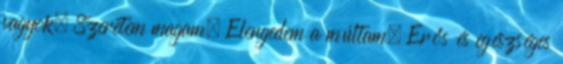
vagyok. Szeretem magam. Elengedem a múltam. Erős és egészséges